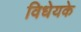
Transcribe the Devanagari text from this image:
विधेयके